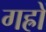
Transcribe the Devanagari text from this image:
गह्रों